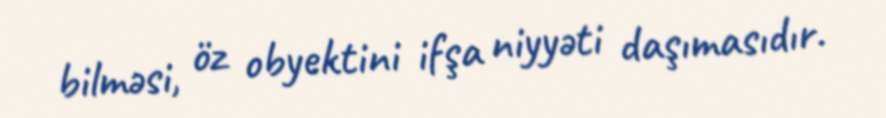
bilməsi, öz obyektini ifşa niyyəti daşımasıdır.